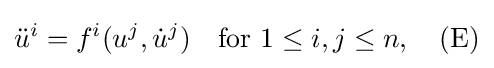
{\ddot {u}}^{i}=f^{i}(u^{j},{\dot {u}}^{j})\quad {\text{for }}1\leq i,j\leq n,\quad {\mbox{(E)}}